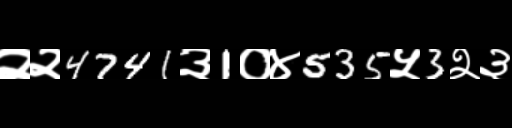
Text: २२4741३1०४535५3२३